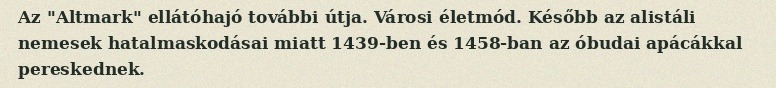
Az "Altmark" ellátóhajó további útja. Városi életmód. Később az alistáli nemesek hatalmaskodásai miatt 1439-ben és 1458-ban az óbudai apácákkal pereskednek.